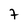
Character: 7